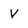
Character: v